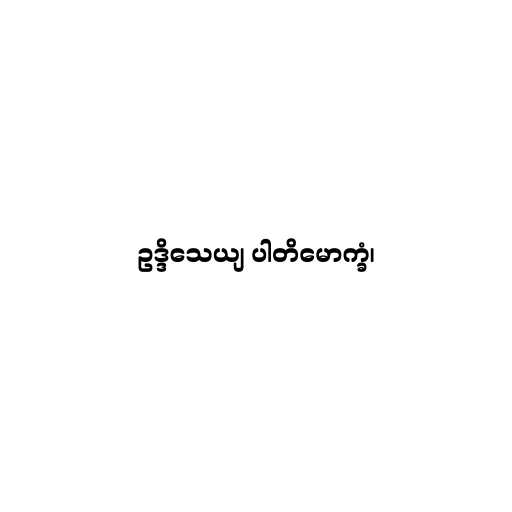
ဥဒ္ဒိသေယျ ပါတိမောက္ခံ၊